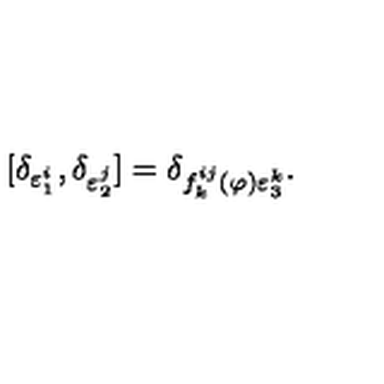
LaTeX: \lbrack \delta _ { \varepsilon _ { 1 } ^ { i } } , \delta _ { \varepsilon _ { 2 } ^ { j } } ] = \delta _ { f _ { k } ^ { i j } ( \varphi ) \varepsilon _ { 3 } ^ { k } } .